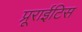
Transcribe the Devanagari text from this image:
प्रूराईटिस